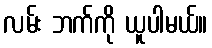
လမ်း ဘက်ကို ယူပါမယ်။